Medical and sanitary report of the native army of Madras for the year
Year: 1875
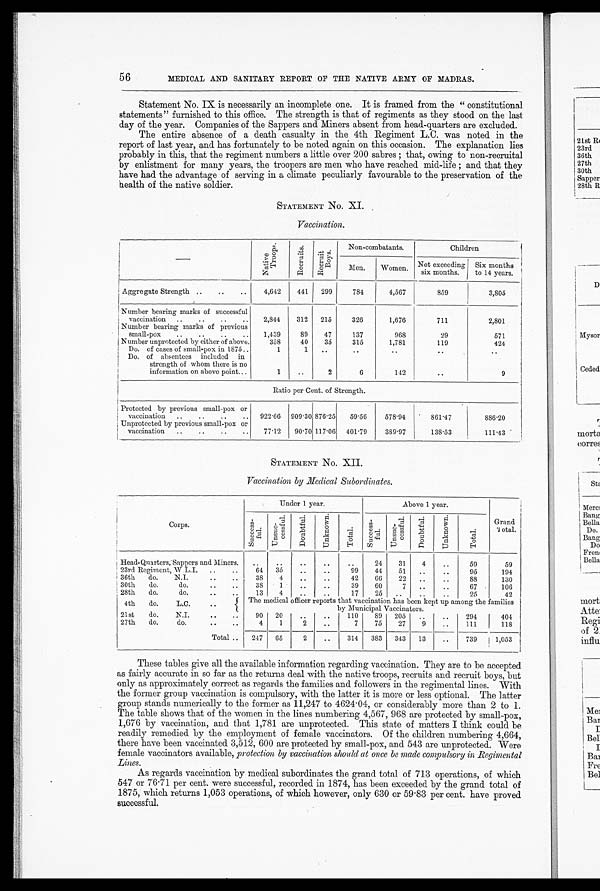
56
MEDICAL AND SANITARY REPORT OF THE NATIVE ARMY OF MADRAS.
Statement No. IX is necessarily an incomplete one. It is framed from the " constitutional
statements" furnished to this office. The strength is that of regiments as they stood on the last
day of the year. Companies of the Sappers and Miners absent from head-quarters are excluded.
The entire absence of a death casualty in the 4th Regiment L.C. was noted in the
report of last year, and has fortunately to be noted again on this occasion. The explanation lies
probably in this, that the regiment numbers a little over 200 sabres ; that, owing to non-recruital
by enlistment for many years, the troopers are men who have reached mid-life ; and that they
have had the advantage of serving in a climate peculiarly favourable to the preservation of the
health of the native soldier.
STATEMENT No.
XI.
Vaccination.
N a t i v e T r o o p s .
Recr ui t s . Recr ui t Boys .
Non-combatants.
Children
Men.
Women. Not exceeding
six months.
Six months
to 14 years.
Aggregate Strength ..
..
..
4,642
441 299
784
4,567
859
3,805
Number bearing marks of successful
vaccination ..
..
..
..
2,844
312 215
326
1,676
711
2,801
Number bearing marks of previous
small-pox
..
..
..
..
1,439
89
47
137
968
29
571
Number unprotected by either of above.
358
40
36
315
1,781
119
424
Do. of cases of small-pox in 1875..
1
1
.. ..
..
..
..
Do. of absentees included in
strength of whom there is no
information on above point...
1
..
2
6
14
..
9
Ratio per Cent. of Strength.
Protected by previous small-pox or
vaccination ..
..
..
.. 922.66 909.30 876.25
59.56
578.94
861.47
886.20
Unprotected by previous small-pox or
vaccination ..
..
..
..
77.12
90.70 117.06 401.79
389.97
138.53
111.43
STATEMENT No. XII.
Vaccination by Medical Subordinates.
Corps.
Under 1 year.
Above 1 year.
Grand
Total.
S u c c e s s f u l
Uns uc c e s s f ul
D o u b t f u l
Unknown
Tot al
S u c c e s s f u l
Un s u c c e s s f u l D o u b t f u l
Unknown
Total
Head-Quarters, Sappers and Miners.
..
..
..
..
..
24
31
4
..
59
59
23rd Regiment, W.L.I. ..
..
64 35
..
..
99
44
51
..
..
95
194
36th do.
N.I.
..
..
38
4
..
..
42
66
22 ..
..
88
130
30th do.
do.
..
..
38
1
..
..
39
60
7 ..
..
67
106
28th do.
do.
..
..
13
4
..
..
17
25
..
..
..
25
42
4th do.
L.C. ..
The medical officer reports that vaccination has been kept up among the families
by Municipal Vaccinators.
21st
do.
N.I.
..
..
90 20
..
..
110
89 205
..
..
294
404
27th do.
do.
..
..
4
1
2
..
7
75
27
9
..
111
118
Total ..
247 65
2
..
314. 383 343 13
. .
739
1,053
These tables give all the available information regarding vaccination. They are to be accepted
as fairly accurate in so far as the returns deal with the native troops, recruits and recruit boys, but
only as approximately correct as regards the families and followers in the regimental lines. With
the former group vaccination is compulsory, with the latter it is more or less optional. The latter
group stands numerically to the former as 11,247 to 4624.04, or considerably more than 2 to 1.
The table shows that of the women in the lines numbering 4,567, 968 are protected by small-pox,
1,676 by vaccination, and that 1,781 are unprotected. This state of matters I think could be
readily remedied by the employment of female vaccinators. Of the children numbering 4,664,
there have been vaccinated. 3,512, 600 are protected by small-pox, and 543 are unprotected. Were
female vaccinators available, protection by vaccination should at once be made compulsory in Regimental
Lines.
As regards vaccination by medical subordinates the grand total of 713 operations, of which
547 or 76.71 per cent. were successful, recorded in 1874, has been exceeded by the grand total of
1875, which returns 1,053 operations, of which however, only 630 or 59.83 per cent. have proved
successful.
i }